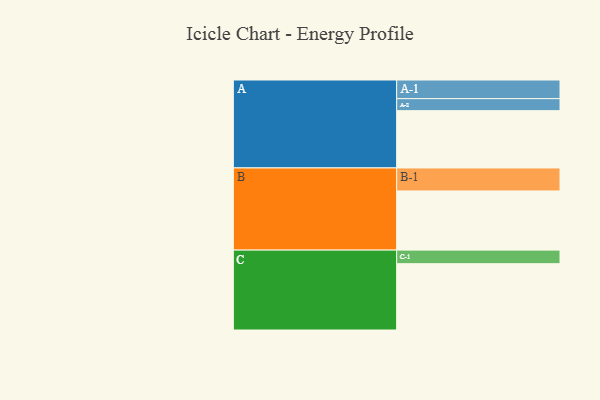
{"axis": {"x": "Segment", "y": "Value"}, "legend": ["", "A", "B", "C"], "data": [{"x": "A", "y": 476, "type": ""}, {"x": "B", "y": 492, "type": ""}, {"x": "C", "y": 551, "type": ""}, {"x": "A-1", "y": 155, "type": "A"}, {"x": "A-2", "y": 100, "type": "A"}, {"x": "B-1", "y": 191, "type": "B"}, {"x": "C-1", "y": 113, "type": "C"}]}